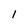
Character: 1